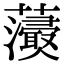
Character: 𧄢